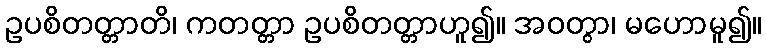
ဥပစိတတ္တာတိ၊ ကတတ္တာ ဥပစိတတ္တာဟူ၍။ အဝတွာ၊ မဟောမူ၍။